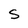
Character: S